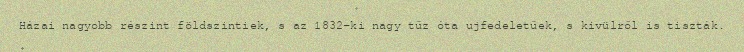
Házai nagyobb részint földszintiek, s az 1832-ki nagy tűz óta ujfedeletűek, s kivülről is tiszták.